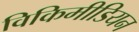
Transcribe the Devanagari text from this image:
विकिमीडियन